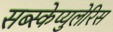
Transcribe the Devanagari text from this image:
सब्स्केप्युलेरिस